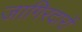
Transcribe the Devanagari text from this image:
जागिरदारों